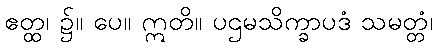
ဧတ္ထ၊ ၌။ ပေ။ ဣတိ။ ပဌမသိက္ခာပဒံ သမတ္တံ၊